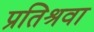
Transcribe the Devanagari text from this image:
प्रतिश्रवा